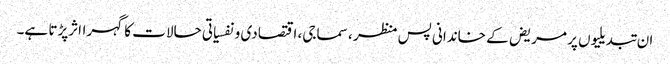
ان تبدیلیوں پر مریض کے خاندانی پس منظر ، سماجی، اقتصادی و نفسیاتی حالات کا گہرااثرپڑتا ہے۔